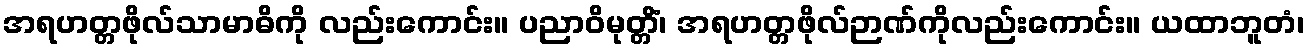
အရဟတ္တဖိုလ်သာမာဓိကို လည်းကောင်း။ ပညာဝိမုတ္တိံ၊ အရဟတ္တဖိုလ်ဉာဏ်ကိုလည်းကောင်း။ ယထာဘူတံ၊